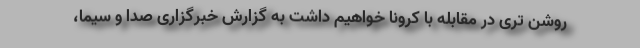
روشن تری در مقابله با کرونا خواهیم داشت به گزارش خبرگزاری صدا و سیما،